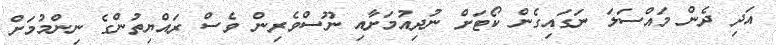
އަދި ދެން މައްސަލަ ނަގައިގެން ކޯޓަށް ނުދިއުމަށާއި ނޫސްވެރިން ވެސް ރައްޔިތުންގެ ނިންމުމަށް